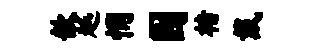
歆越惘园楮戴